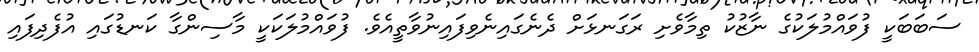
ސަބަބަކީ ފުވައްމުލަކުގެ ނާޒުކު ތިމާވެށި ރަގަނޅަށް ދެނެގައިނެވިފައިނުވާތީއެވެ. ފުވައްމުލަކަކީ މާސިންގާ ކަނޑުގައި އުފެދިފައި